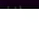
إذن